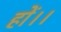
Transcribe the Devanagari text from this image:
हों।।